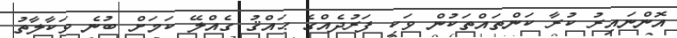
އޮންނައިރު ކުރާ ކަންތައްތަކުން ވަކި ފަރުދެއްގެ ޙައްޤު ގެއްލޭ ކަމަށް ބުނެ ވަކާލާތު